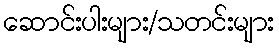
ဆောင်းပါးများ/သတင်းများ